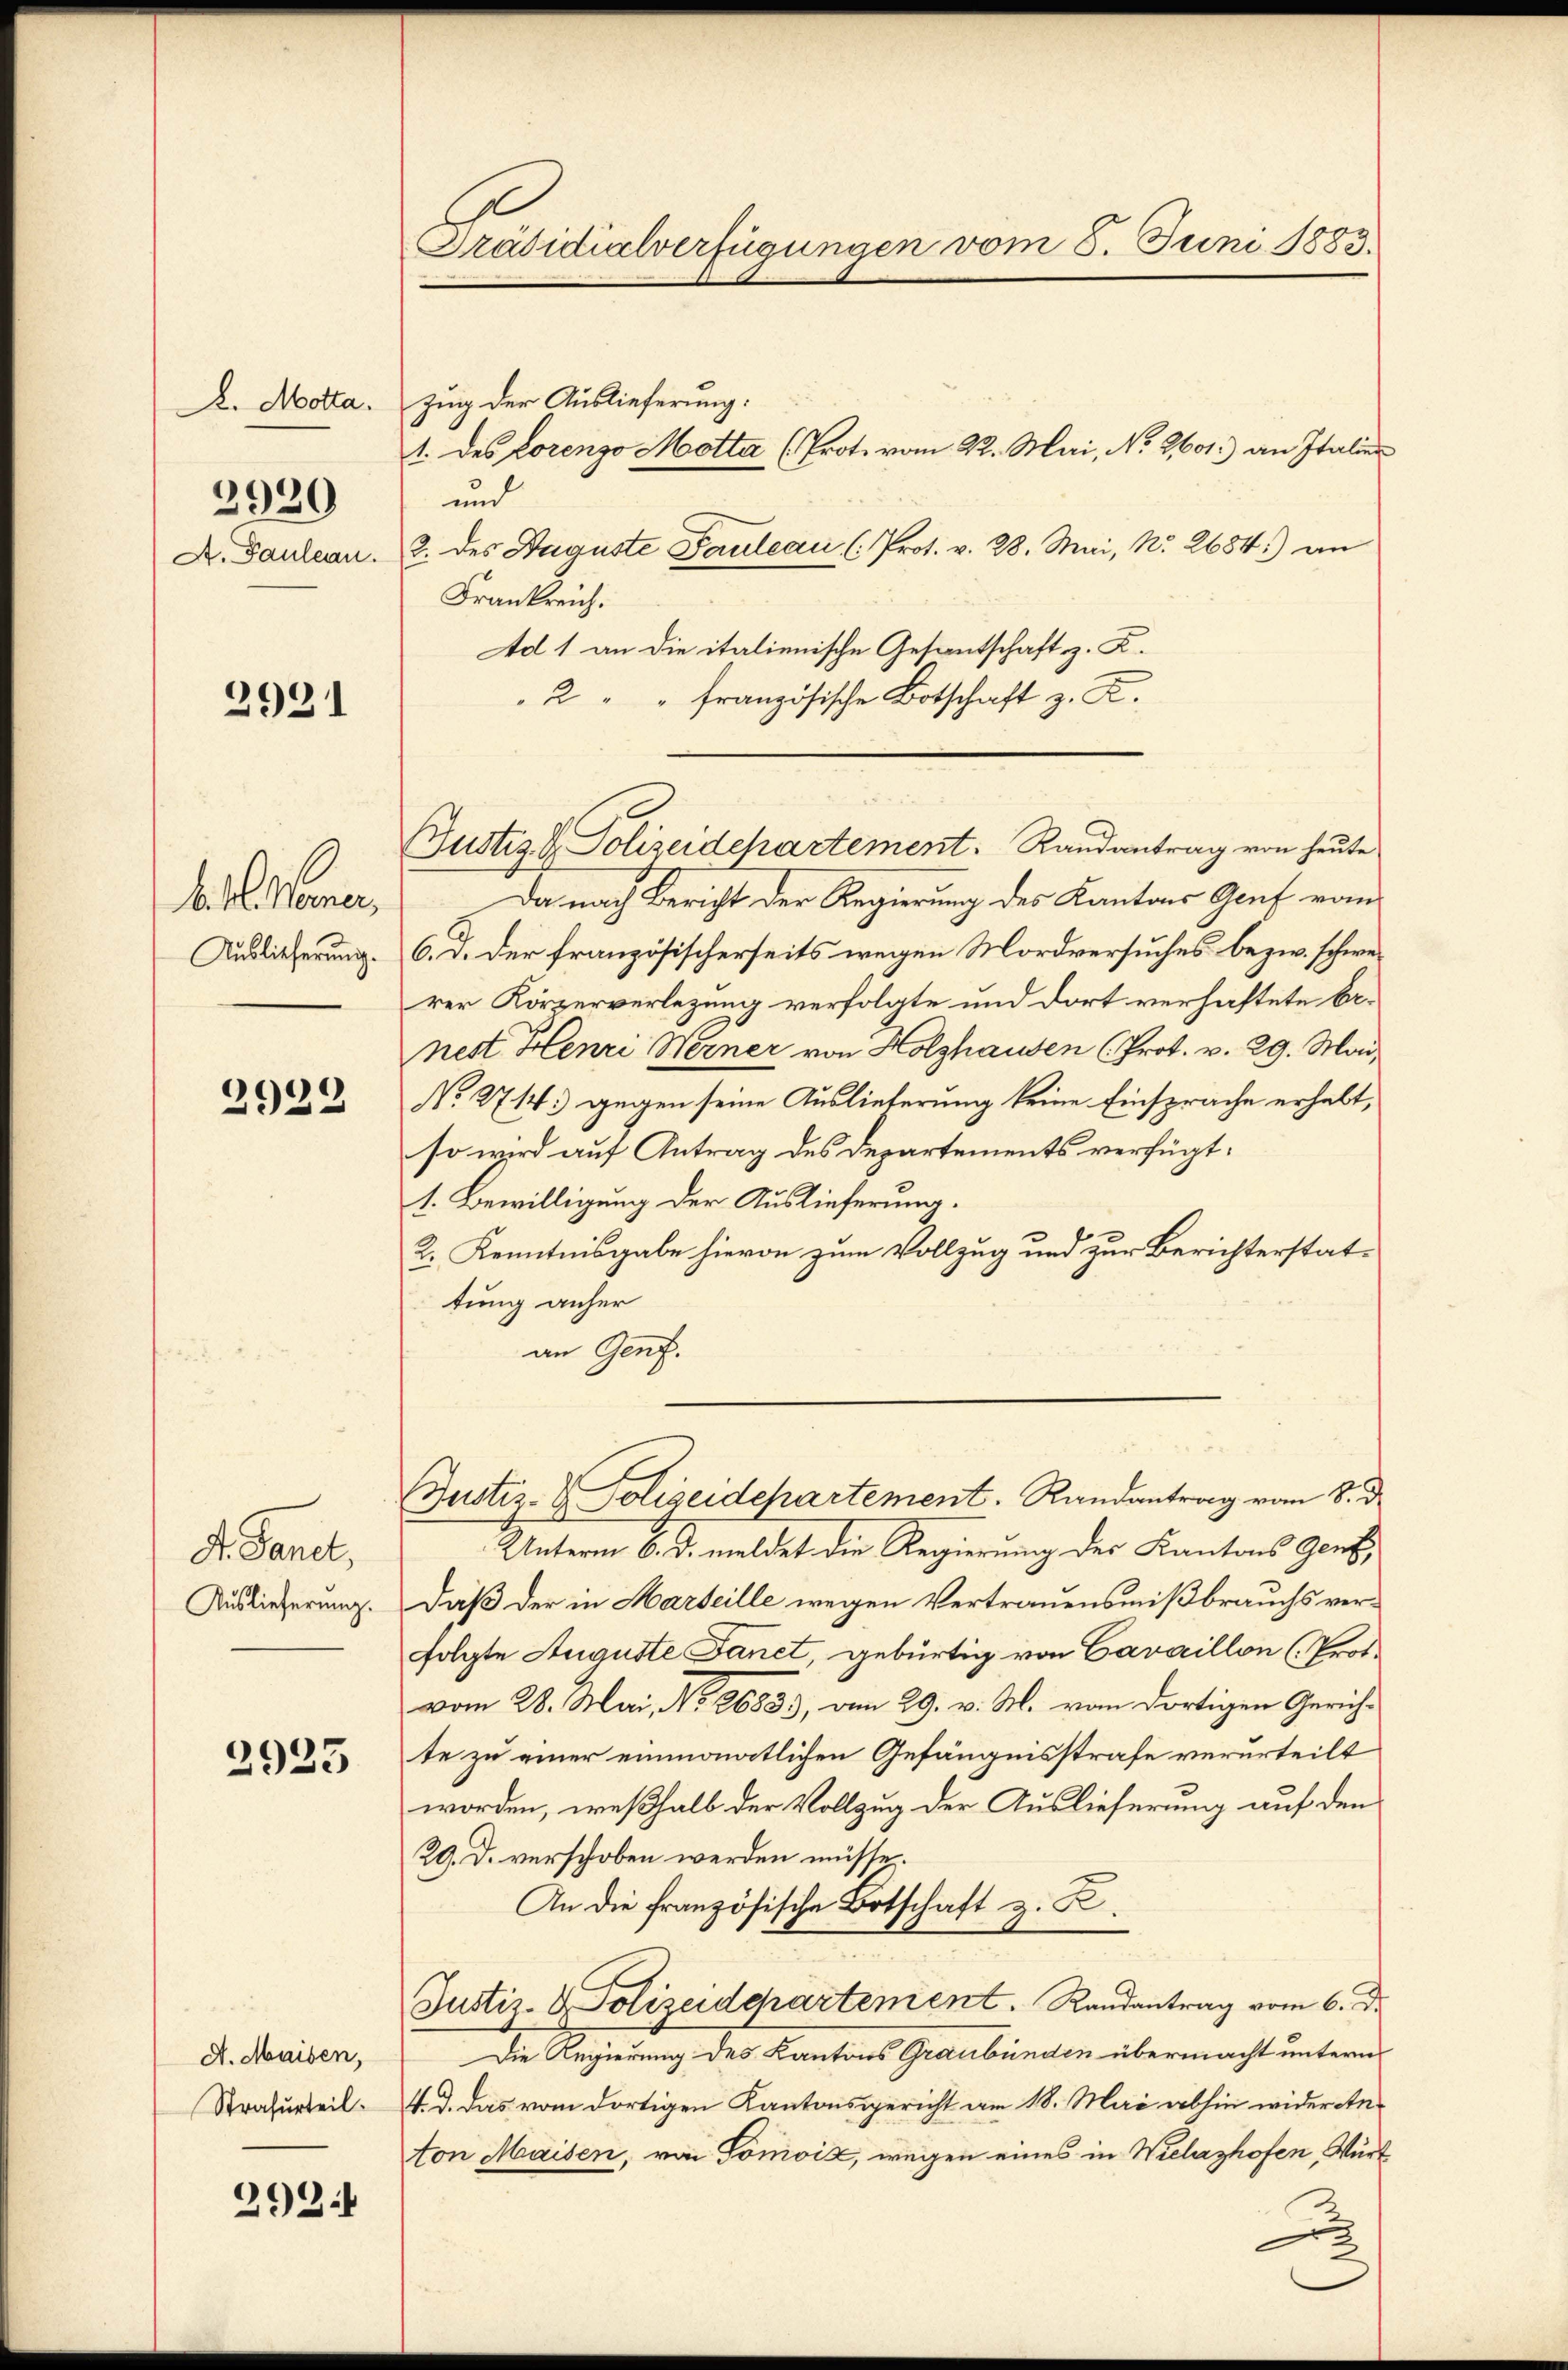
. Motta.
3920
A. Pauleau.

2931

2922

G. Sanct,
Auslieferung.

2925

A. Maisen,
Strafurteil.

292.

Präsidialverfügungen vom 8. Juni 1883.

b. l. Meiner,
Auslieferung.

zug der Auslieferung:
und
2. des Auguste Pauleau (Prot. v. 28. Mai, No. 2684) an
Frankreich.
Ad 1 an die italienische Gesantschaft z. K.
2 " " französische Botschaft z. R.

Da nach Bericht der Regierung des Kantons Genf vom
6. d. der französischerseits wegen Mordversuches bezw. schwerer Körperverlegung verfolgte und dort verhaftete benest Henri Werner von Holzhausen (Prot. v. 29. Mai
No. 2714. gegen seine Auslieferung keine Einsprache erhebt,
so wird auf Antrag des Departements verfügt:
1. Bewilligung der Auslieferung.
2. Kenntnisgabe hievon zum Vollzug und zur Berichterstattung anher
an Genf.

Justiz Polizeidchartement. Randantrag von heute

Justiz- & Polizeidepartement. Randantrag vom 8. d.

Unterm 6. d. meldet die Regierung des Kantons Gent,
Daß der in Marteille wegen Vertrauensmißbrauchs verfolgte Auguste Fanet, gebürtig von Cavaillon (Prot.
vom 28. Mai, No 26833, am 29. v. M. vom dortigen Gerichte zu einer einmonatlichen Gefängnisstrafe verurteilt
worden, weßhalb der Vollzug der Auslieferung auf den
29. D. verschoben werden müsse.
An die französische Botschaft z. B.
Justiz- & Polizeidepartement. Randantrag vom 6. d.
Die Regierung des Kantons Graubünden übermacht untern
f. d. das vom dortigen Kantonsgericht am 18. Mai abhin wider Anton Maisen, von Tomoić, wegen eines in Wielazhofen, Würt

1. des Lorenzo Motta (Prot. vom 22. Mai, N. 2601.) an Italier